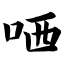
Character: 哂